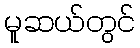
မူဆယ်တွင်